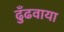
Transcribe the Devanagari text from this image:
ढुँढवाया